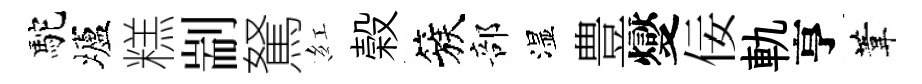
駝壚糕剬駑紅榖簇部湿豊燮佞軌亨葦